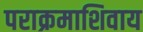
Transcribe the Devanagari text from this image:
पराक्रमाशिवाय